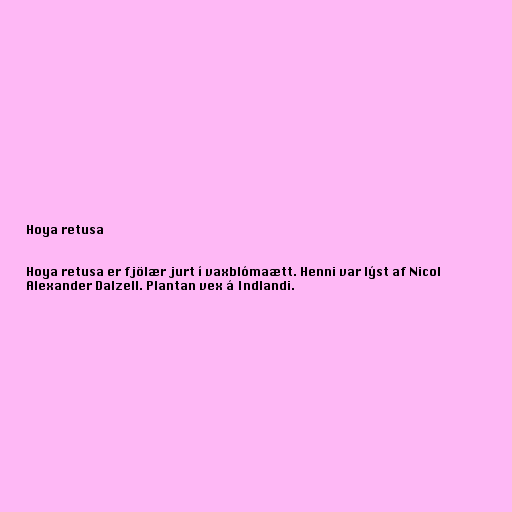
Hoya retusa

Hoya retusa er fjölær jurt í vaxblómaætt. Henni var lýst af Nicol
Alexander Dalzell. Plantan vex á Indlandi.